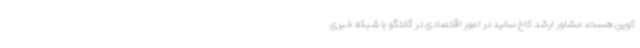
کوین هست، مشاور ارشد کاخ سفید در امور اقتصادی در گفتگو با شبکه خبری